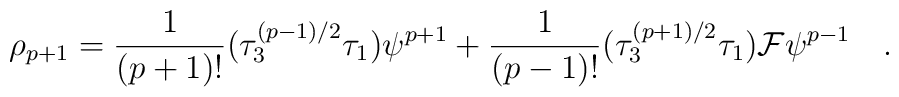
\rho_{p+1} = {\frac{1}{(p+1)!}} (\tau_3^{(p-1)/2}\tau_1) \psi^{p+1}  + {\frac{1}{(p-1)!}} (\tau_3^{(p+1)/2}\tau_1) {\cal{F}} \psi^{p-1}\quad .